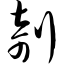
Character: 剞